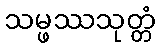
သမ္ဖဿသုတ္တံ